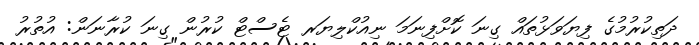
ދަތިކުރުމުގެ ފިޔަވަޅުތައް ގިނަ ކޮށްފިނަމަ ނިއުކްލިޔަރ ޓެސްޓް ކުރުން ގިނަ ކުރާނަން: އުތުރު